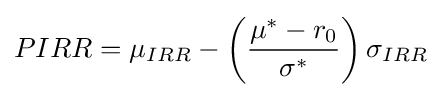
PIRR=\mu _{IRR}-\left({\frac {\mu ^{*}-r_{0}}{\sigma ^{*}}}\right)\sigma _{IRR}